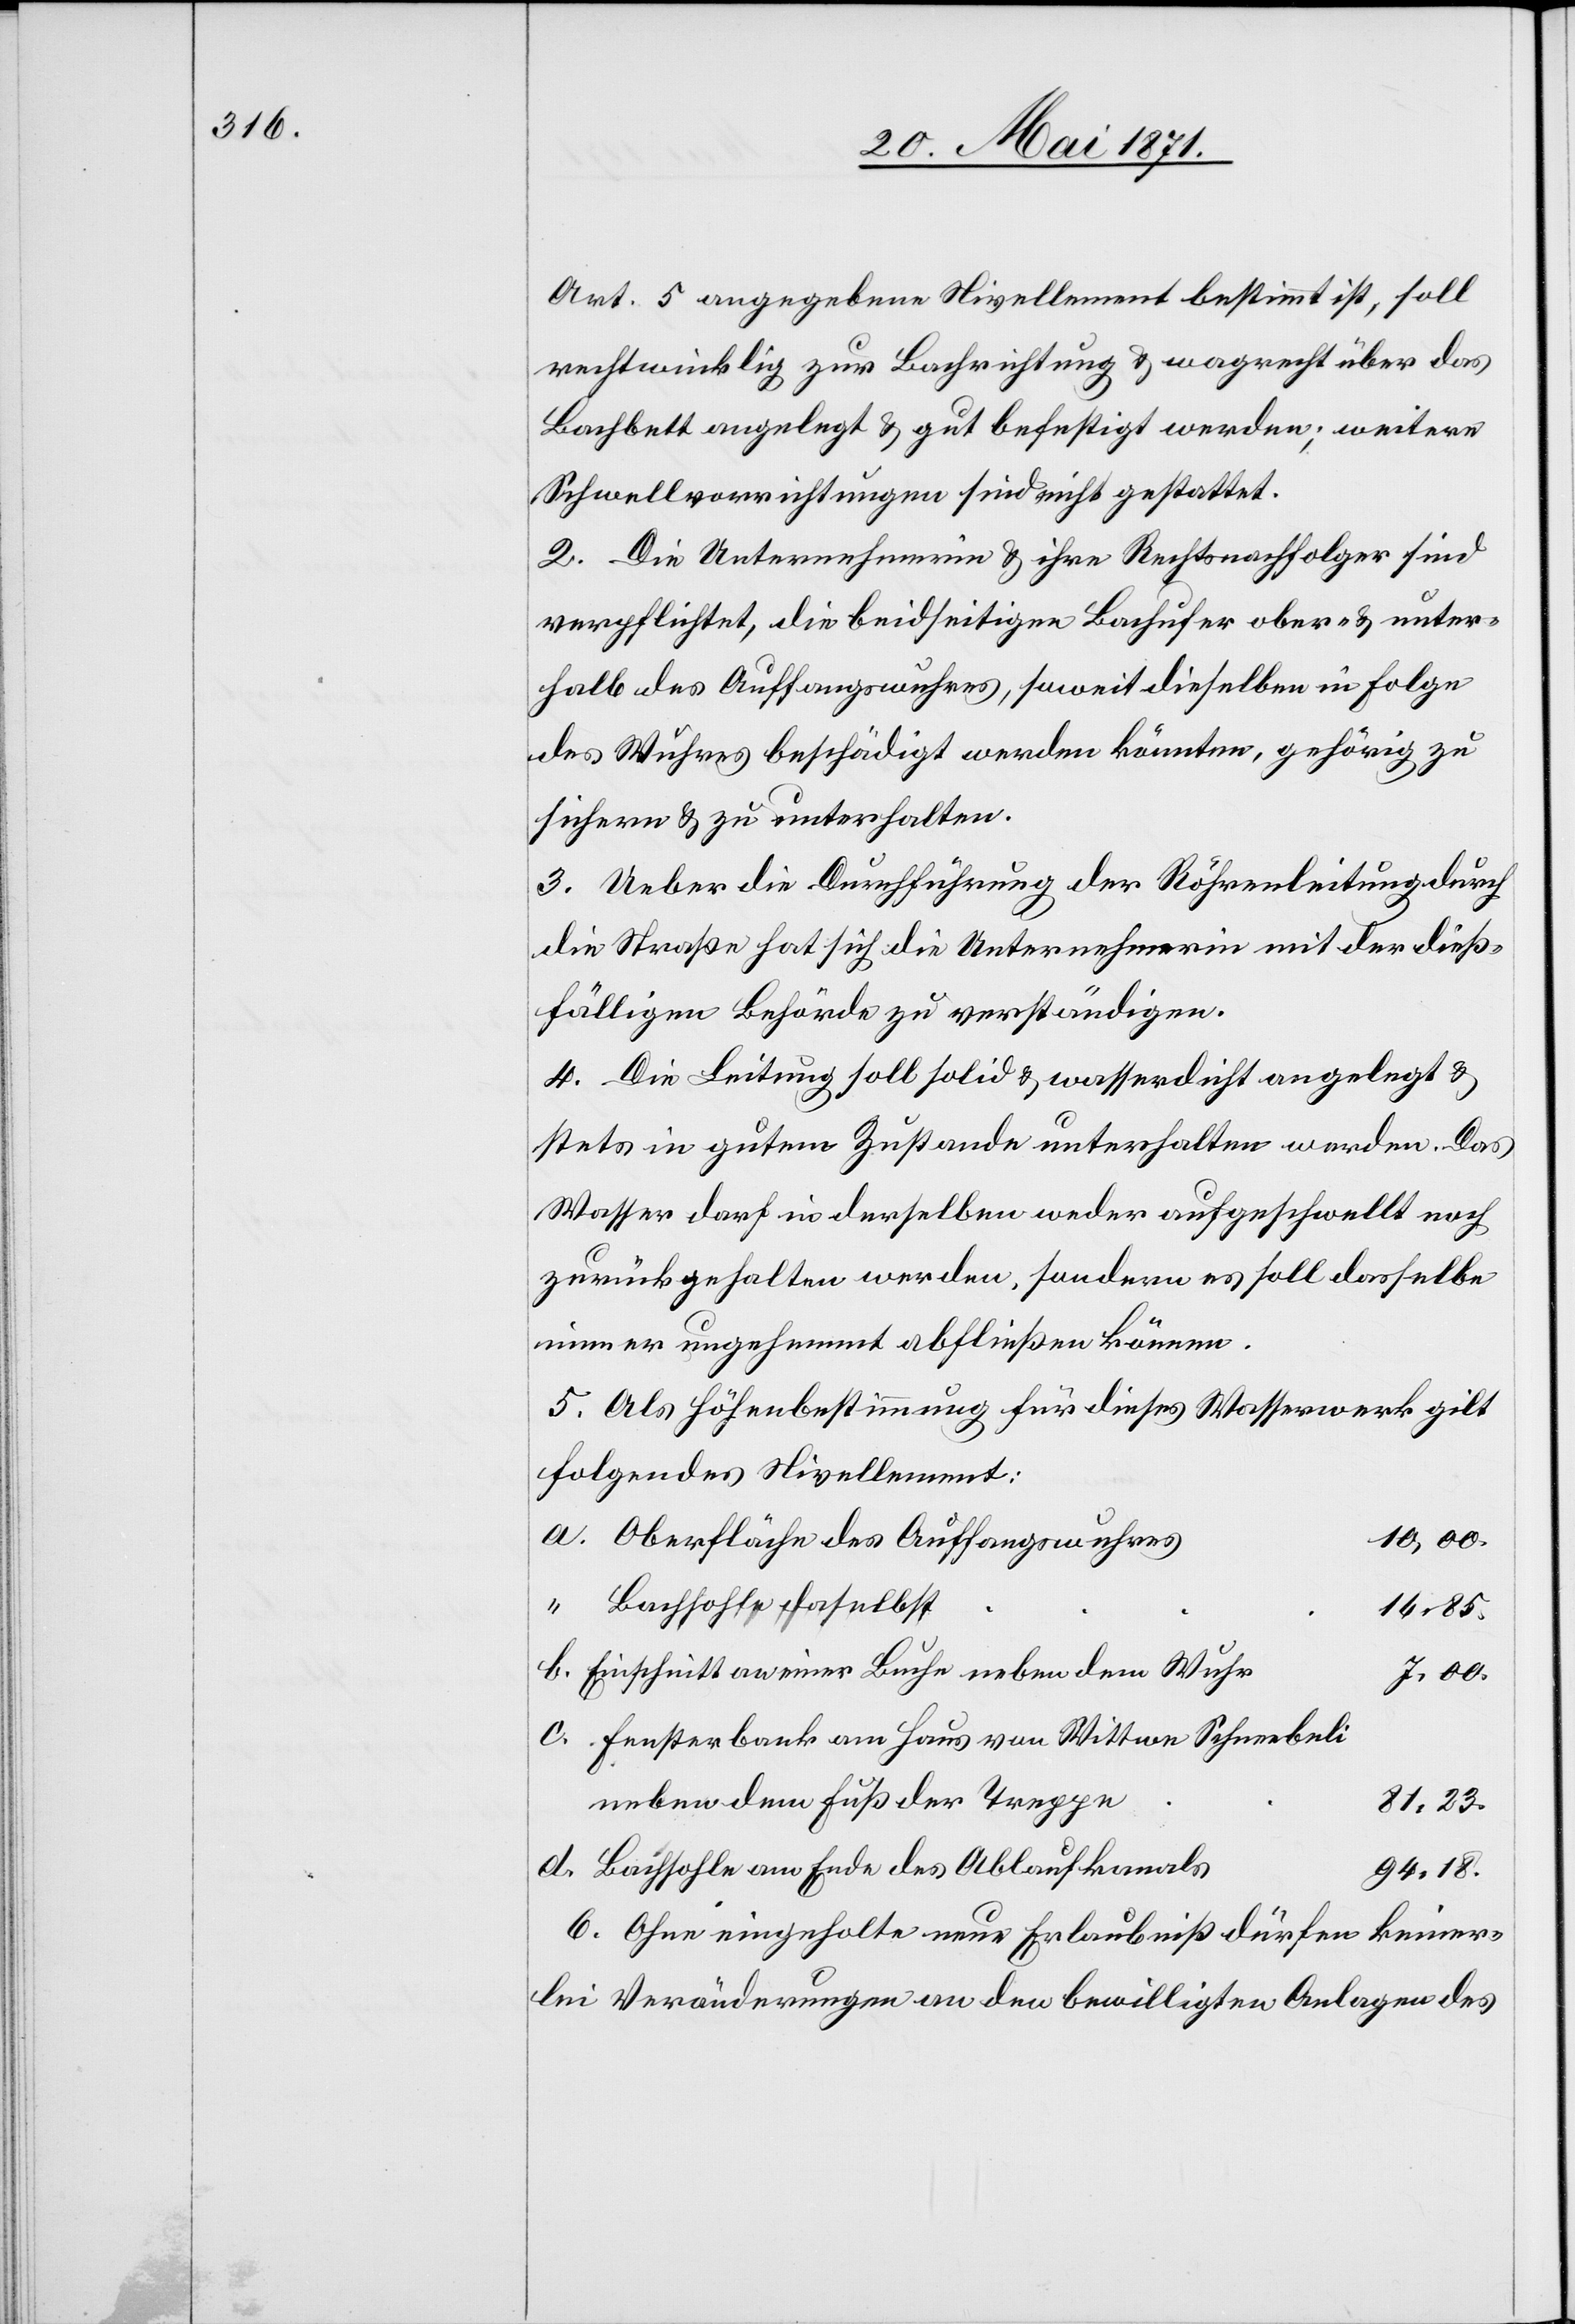
Art. 5 angegebene Nivellement bestimmt ist, soll
rechtwinklig zur Bachrichtung u. wagrecht über das
Bachbett angelegt u. gut befestigt werden; weitere
Schwellvorrichtungen sind nicht gestattet.
2. Die Unternehmerin u. ihre Rechtsnachfolger sind
verpflichtet, die beidseitigen Bachufer ober- u. unter¬
halb des Auffangswuhres, soweit dieselben in Folge
des Wuhres beschädigt werden könnten, gehörig zu
sichern u. zu unterhalten.
3. Ueber die Durchführung der Röhrenleitung durch
die Straße hat sich die Unternehmerin mit der dieß¬
fälligen Behörde zu verständigen.
4. Die Leitung soll solid u. wasserdicht angelegt u.
stets in gutem Zustande unterhalten werden. Das
Wasser darf in derselben weder aufgeschwellt noch
zurückgehalten werden, sondern es soll dasselbe
immer ungehemmt abfließen können.
5. Als Höhenbestimmung für dieses Wasserwerk gilt
folgendes Nivellement:
10,00.
Oberfläche des Auffangswuhres
Bachsohle daselbst
16,85.
Einschnitt an einer Buche neben dem Wuhr
7,00.
Fensterbank am Haus von Wittwe Schneebeli
neben dem Fuß der Treppe
81,23.
Bachsohle am Ende des Ablaufkanals
94,18.
6. Ohne eingeholte neue Erlaubniß dürfen keiner¬
lei Veränderungen an den bewilligten Anlagen des